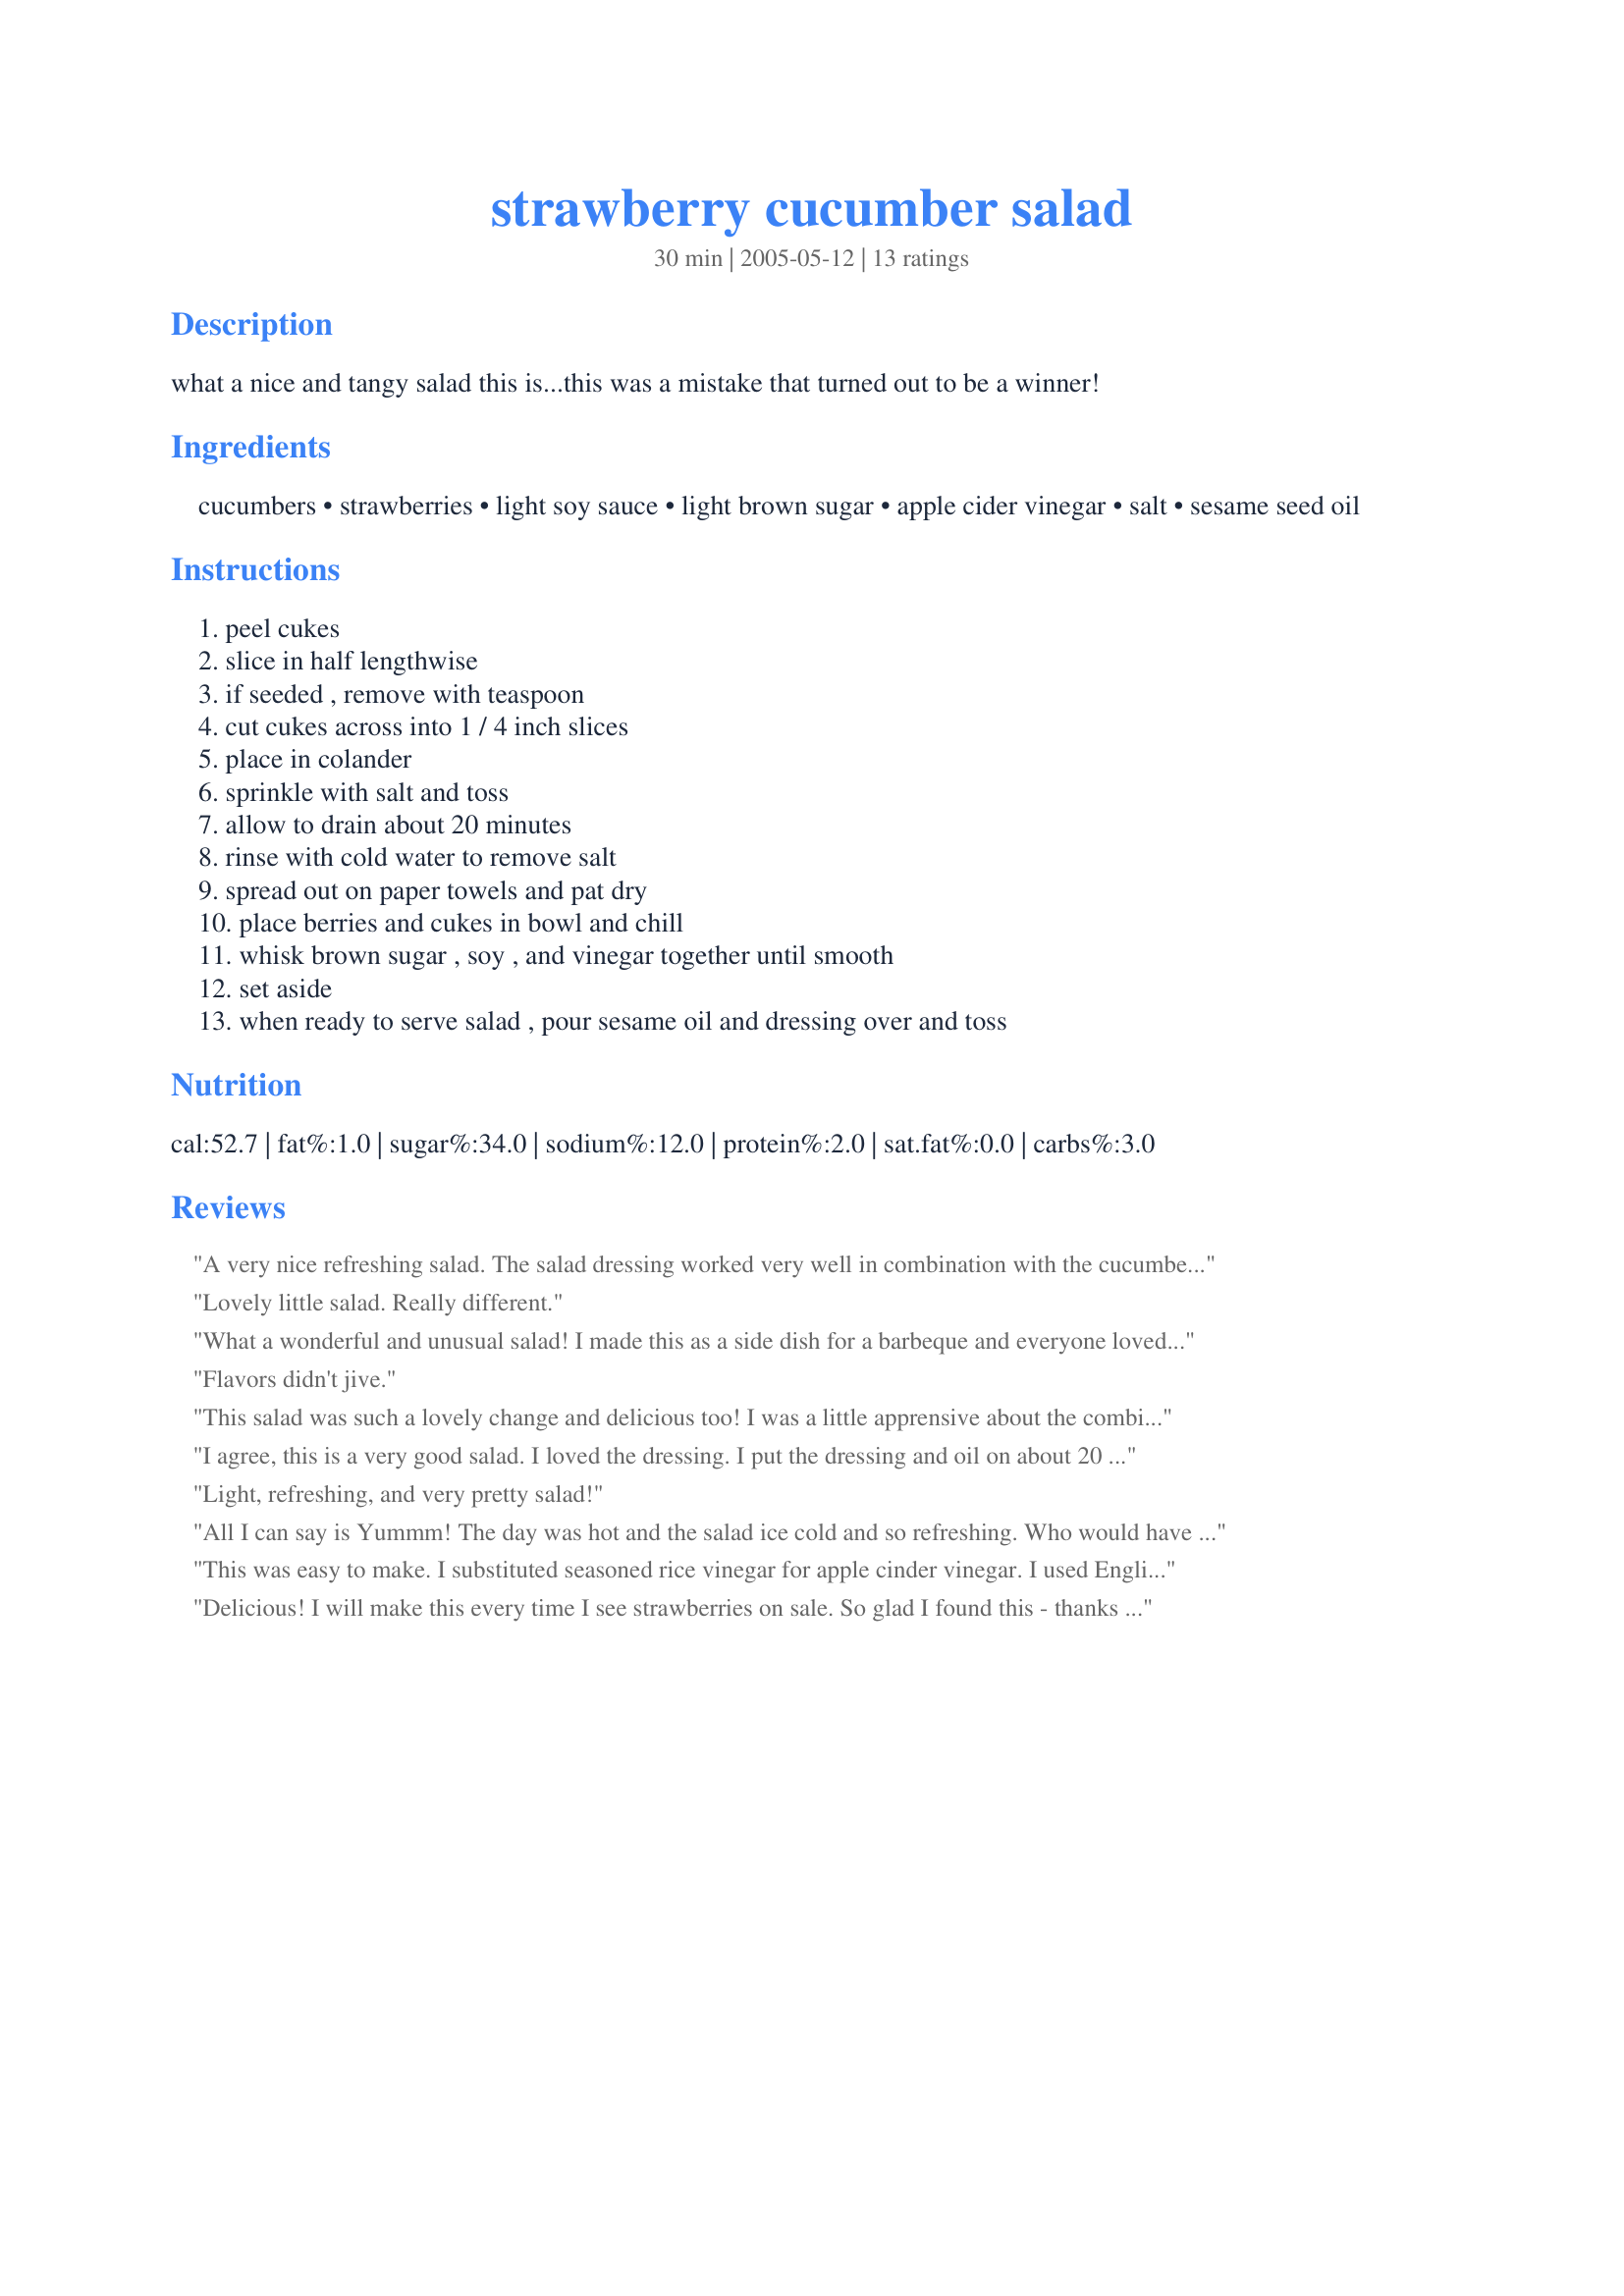
strawberry cucumber salad
Preparation time: 30 minutes

what a nice and tangy salad this is...this was a mistake that turned out to be a winner!

Ingredients:
cucumbers, strawberries, light soy sauce, light brown sugar, apple cider vinegar, salt, sesame seed oil

Steps:
peel cukes, slice in half lengthwise, if seeded , remove with teaspoon, cut cukes across into 1 / 4 inch slices, place in colander, sprinkle with salt and toss, allow to drain about 20 minutes, rinse with cold water to remove salt, spread out on paper towels and pat dry, place berries and cukes in bowl and chill, whisk brown sugar , soy , and vinegar together until smooth, set aside, when ready to serve salad , pour sesame oil and dressing over and toss

Reviews:
A very nice refreshing salad. The salad dressing worked very well in combination with the cucumbers and strawberries.
Lovely little salad. Really different.
What a wonderful and unusual salad! I made this as a side dish for a barbeque and everyone loved it. The cucumber and strawberries compliment each other well, and the sesame oil is a delicious accent. I plan to make this often!
Flavors didn't jive.
This salad was such a lovely change and delicious too! I was a little apprensive about the combination but was very pleasantly surprized, the combination of strawberries, cucumber and the dressing was outstanding and we will be making it again, thanks for sharing a good one.
I agree, this is a very good salad. I loved the dressing. I put the dressing and oil on about 20 minutes before we ate to let the flavors blend.
Light, refreshing, and very pretty salad!
All I can say is Yummm! The day was hot and the salad ice cold and so refreshing. Who would have thought strawberries and cucumbers could work so well together. I did make one small change I used rice vinegar in place of apple cider vinegar.
This was easy to make. I substituted seasoned rice vinegar for apple cinder vinegar. I used English cucumbers and sliced them with skin unseeded. I mixed all ingredients including oil and tossed it with the cucumbers and chilled the salad until ready to serve and then added the strawberries. The dressing has a lovely subtle flavor. I will make this often. Canâ€™t wait to serve it to company.
Delicious! I will make this every time I see strawberries on sale. So glad I found this - thanks for posting it!
Really good, made it without the sesame oil, and added spinach. Turned out great! Will make again!
Delicious! Very light and tangy and so different. We loved it and had it as a side with roast and potato wedges.
This is excellent if you are on South Beach or other low-carb diet. I substituted the brown sugar for Splenda for myself but made the recipe exactly for my girls and DH. It is very, very good. Thank you Happy Harry.
